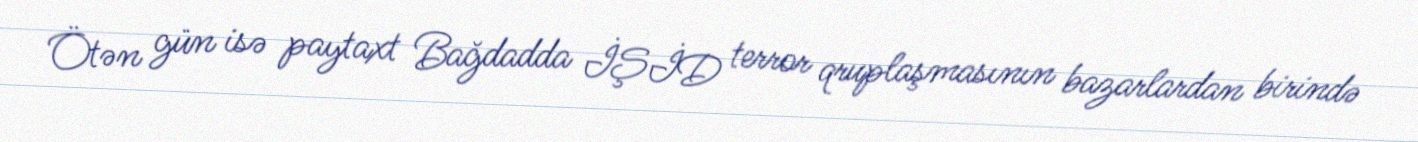
Ötən gün isə paytaxt Bağdadda İŞİD terror qruplaşmasının bazarlardan birində